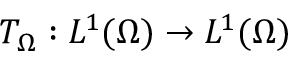
T _ { \Omega } : L ^ { 1 } ( \Omega ) \rightarrow L ^ { 1 } ( \Omega )